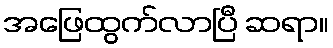
အဖြေထွက်လာပြီ ဆရာ။